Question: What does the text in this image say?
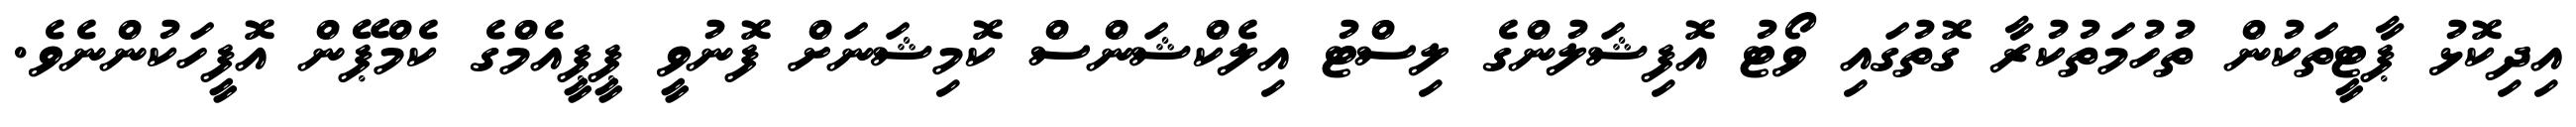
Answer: އިދިކޮޅު ޕާޓީތަކުން ތުހުމަތުކުރާ ގޮތުގައި ވޯޓު އޮފިޝަލުންގެ ލިސްޓު އިލެކްޝަންސް ކޮމިޝަނަށް ފޮނުވީ ޕީޕީއެމްގެ ކެމްޕޭން އޮފީހަކުންނެވެ.